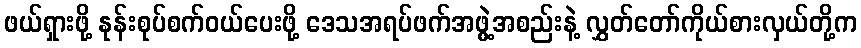
ဖယ်ရှားဖို့ နုန်းစုပ်စက်ဝယ်ပေးဖို့ ဒေသအရပ်ဖက်အဖွဲ့အစည်းနဲ့ လွှတ်တော်ကိုယ်စားလှယ်တို့က